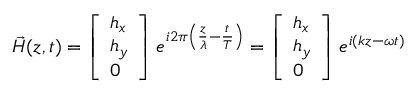
{ \vec { H } } ( z , t ) = { \left[ \begin{array} { l } { h _ { x } } \\ { h _ { y } } \\ { 0 } \end{array} \right] } \; e ^ { i 2 \pi \left( { \frac { z } { \lambda } } - { \frac { t } { T } } \right) } = { \left[ \begin{array} { l } { h _ { x } } \\ { h _ { y } } \\ { 0 } \end{array} \right] } \; e ^ { i ( k z - \omega t ) }